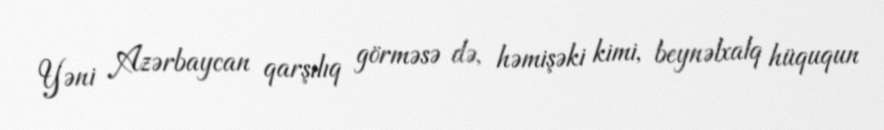
Yəni Azərbaycan qarşılıq görməsə də, həmişəki kimi, beynəlxalq hüququn